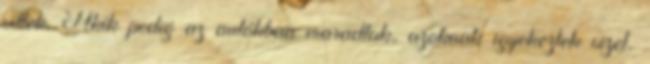
vittek. Akik pedig az autókban maradtak, azoknak igyekeztek vizet,